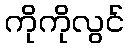
ကိုကိုလွင်